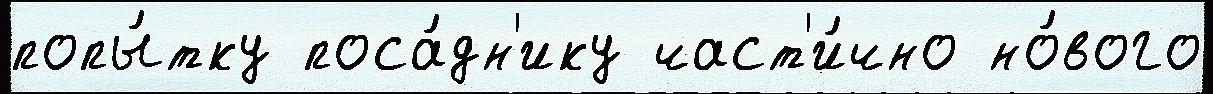
попы́тку поса́дн'ику част'и́чно но́вого